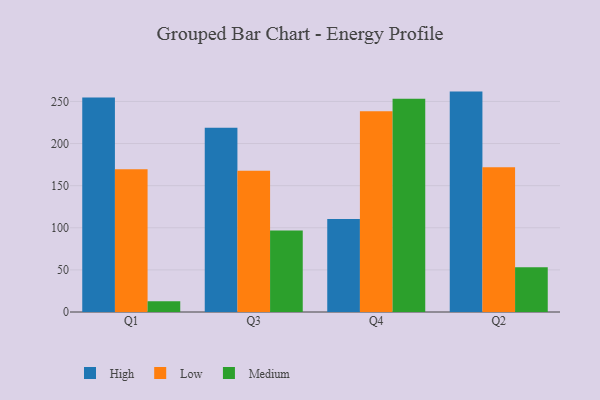
{"axis": {"x": "Quarter", "y": "Churn Rate (%)"}, "legend": ["High", "Low", "Medium"], "data": [{"x": "Q1", "y": 254.8, "type": "High"}, {"x": "Q1", "y": 169.4, "type": "Low"}, {"x": "Q1", "y": 12.9, "type": "Medium"}, {"x": "Q3", "y": 218.8, "type": "High"}, {"x": "Q3", "y": 167.6, "type": "Low"}, {"x": "Q3", "y": 96.8, "type": "Medium"}, {"x": "Q4", "y": 110.4, "type": "High"}, {"x": "Q4", "y": 238.4, "type": "Low"}, {"x": "Q4", "y": 253.2, "type": "Medium"}, {"x": "Q2", "y": 261.7, "type": "High"}, {"x": "Q2", "y": 171.9, "type": "Low"}, {"x": "Q2", "y": 53.2, "type": "Medium"}]}